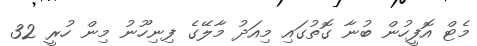
މެޓް އޮފީހުން ބުނާ ގޮތުގައި މިއަދު މާލޭގެ ފިނިހޫނު މިން ހުރީ 32